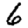
Digit: 6